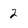
Character: 2